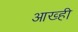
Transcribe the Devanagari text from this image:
आख्ही